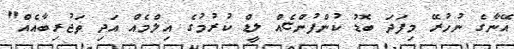
އޭނާގެ ނުހުރޭ މިފަދަ ބޮޑު ކުންފުންޏެއް ލީޑް ކުރުމުގެ އިލްމެއް އަދި ތަޖުރިބާއެއް"